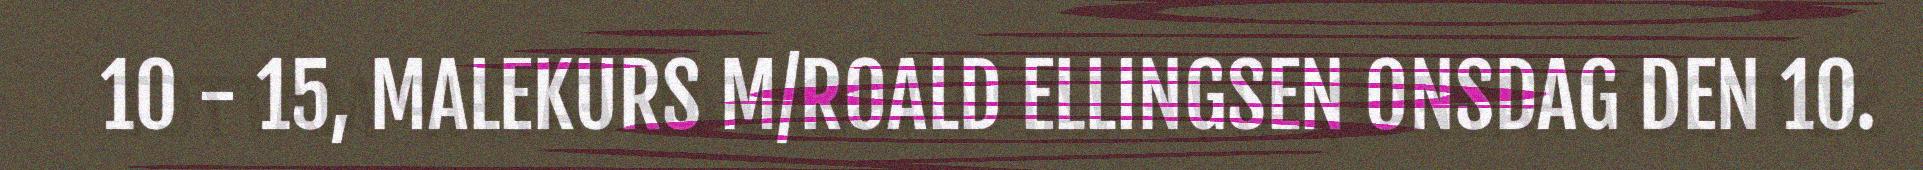
10 - 15, MALEKURS M/ROALD ELLINGSEN ONSDAG DEN 10.